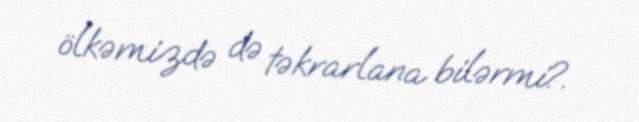
ölkəmizdə də təkrarlana bilərmi?.